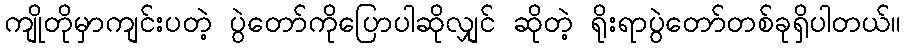
ကျိုတိုမှာကျင်းပတဲ့ ပွဲတော်ကိုပြောပါဆိုလျှင် ဆိုတဲ့ ရိုးရာပွဲတော်တစ်ခုရှိပါတယ်။